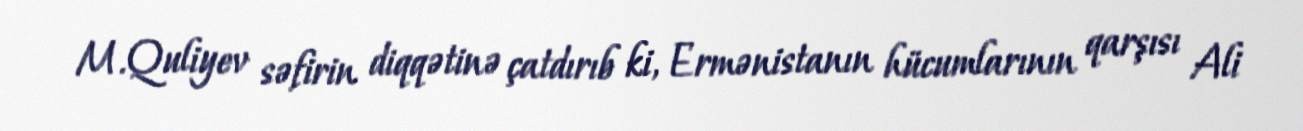
M.Quliyev səfirin diqqətinə çatdırıb ki, Ermənistanın hücumlarının qarşısı Ali